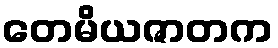
တေမိယဇာတက